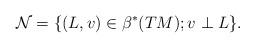
LaTeX: \begin{align*}\mathcal{N} = \{(L, v) \in\beta^{*}(TM); v \perp L\}.\end{align*}